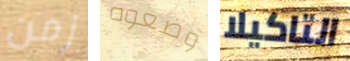
زمن وضعوه التاكيلا